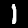
Digit: 1